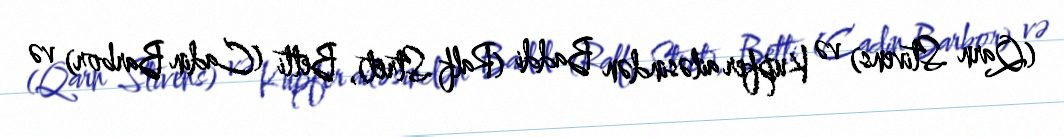
(Qarn Stivens) və Kupfer ailəsindən Baddi (Ralf Stret), Betti (Cadin Barbor) və